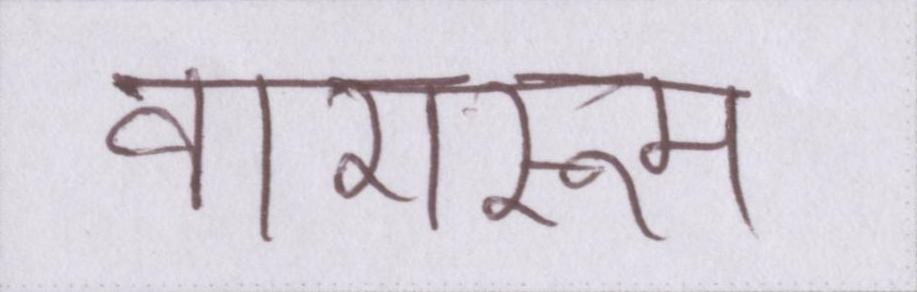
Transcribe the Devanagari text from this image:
वाशरूम